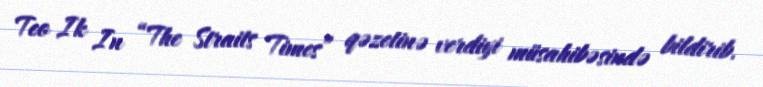
Teo Ik In “The Straits Times” qəzetinə verdiyi müsahibəsində bildirib.